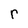
Character: r